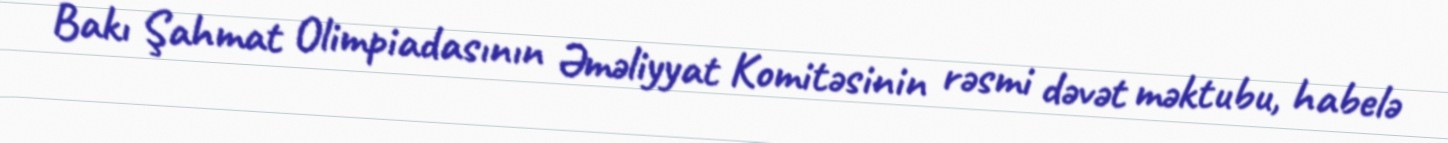
Bakı Şahmat Olimpiadasının Əməliyyat Komitəsinin rəsmi dəvət məktubu, habelə